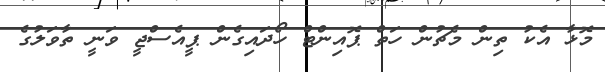
މޮޅާ އެކު ތިން މެޗުން ހަތް ޕޮއިންޓް ހޯދައިގެން ޕީއެސްޖީ ވަނީ ތާވަލުގެ